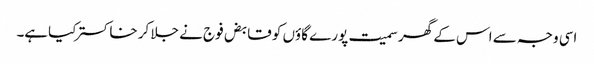
اسی وجہ سے اس کے گھر سمیت پورے گاؤں کو قابض فوج نے جلا کر خاکستر کیاہے۔